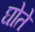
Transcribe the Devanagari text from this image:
घोते